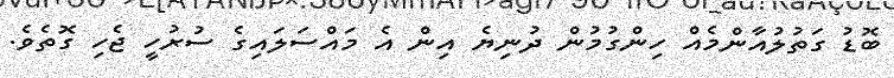
ބޮޑު ގަތުލުއާންމެއް ހިންގުމުން ދުނިޔެ އިން އެ މައްސަލައިގެ ސުރުހީ ޖެހި ގޮތެވެ.